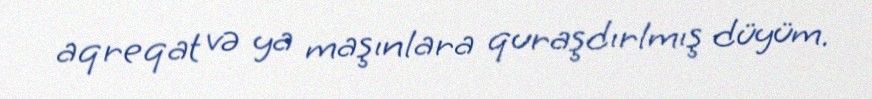
aqreqat və ya maşınlara quraşdırlmış düyüm.